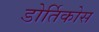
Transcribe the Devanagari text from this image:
डोर्तिकोस